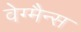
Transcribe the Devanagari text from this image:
वेग्मैन्स